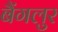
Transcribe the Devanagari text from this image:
बैंगलुर